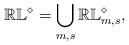
\begin{align*} \mathbb{RL}^\diamond=\bigcup_{m, s} \mathbb{RL}^\diamond_{m,s},\end{align*}